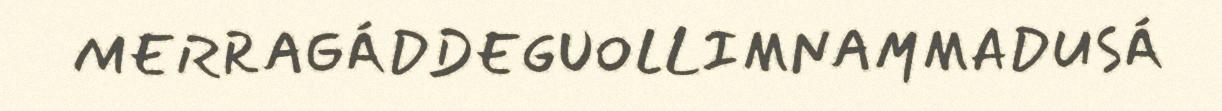
MERRAGÁDDEGUOLLIMNAMMADUSÁ